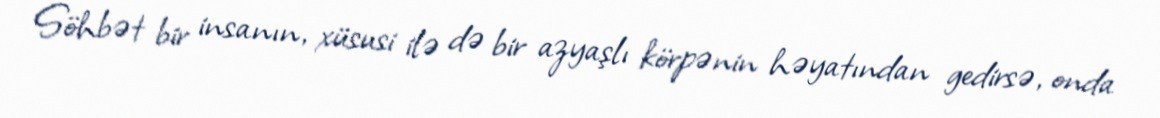
Söhbət bir insanın, xüsusi ilə də bir azyaşlı körpənin həyatından gedirsə, onda